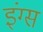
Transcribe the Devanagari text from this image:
इंग्स